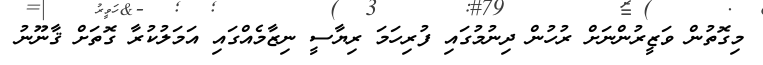
މިގޮތުން ވަޒީރުންނަށް ރުހުން ދިނުމުގައި ފުރިހަމަ ރިޔާސީ ނިޒާމެއްގައި އަމަލުކުރާ ގޮތަށް ޤާނޫނު